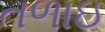
તળાઇ